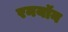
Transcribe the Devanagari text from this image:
रनयॉन